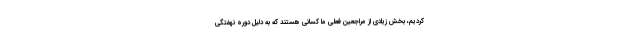
کردیم، بخش زیادی از مراجعین فعلی ما کسانی هستند که به دلیل دوره نهفتگی